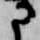
に